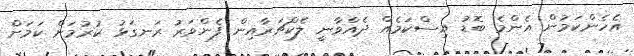
އެހެންކަމުން އެންމެ ބޮޑު އިސްކަމެއް ދެއްވާނީ ލެކްޗަރާއިން ފެންވަރު ރަނގަޅު ކުރުމަށް ކަމަށް